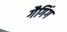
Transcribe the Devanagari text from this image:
गैगिंग